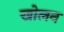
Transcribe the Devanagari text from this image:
खोलन